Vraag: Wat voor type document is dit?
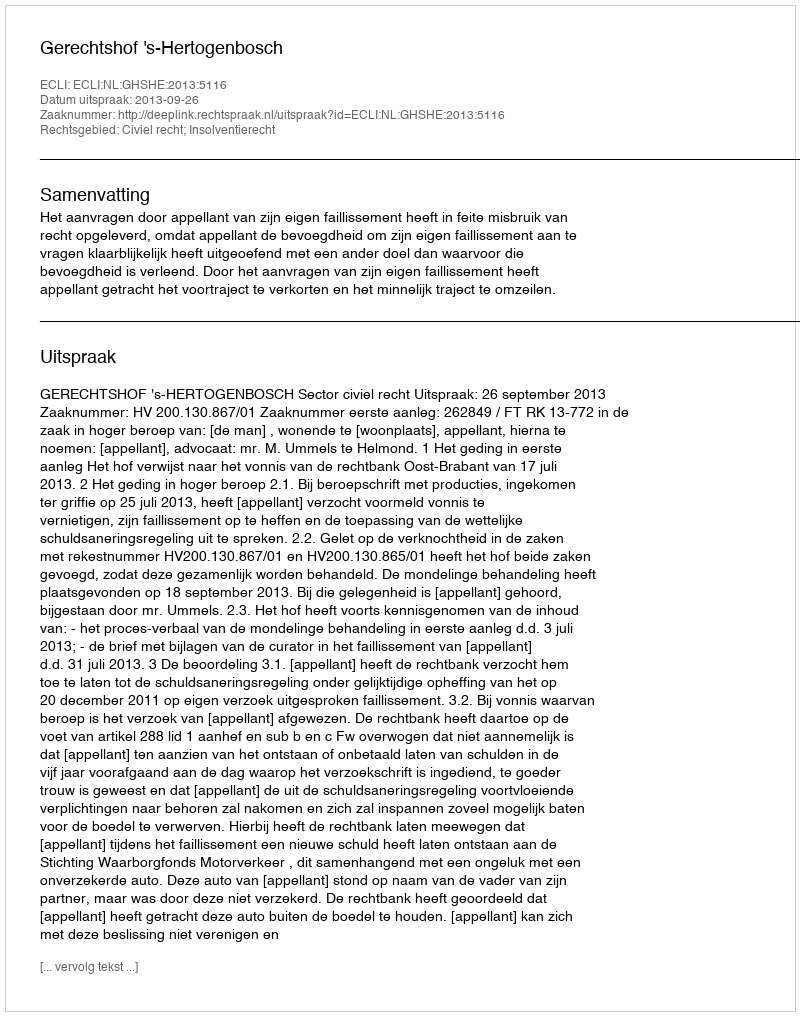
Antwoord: Uitspraak